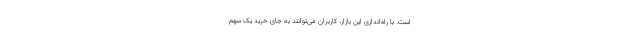
است. با راه‌اندازی این بازار، کاربران می‌توانند به جای خرید یک سهم